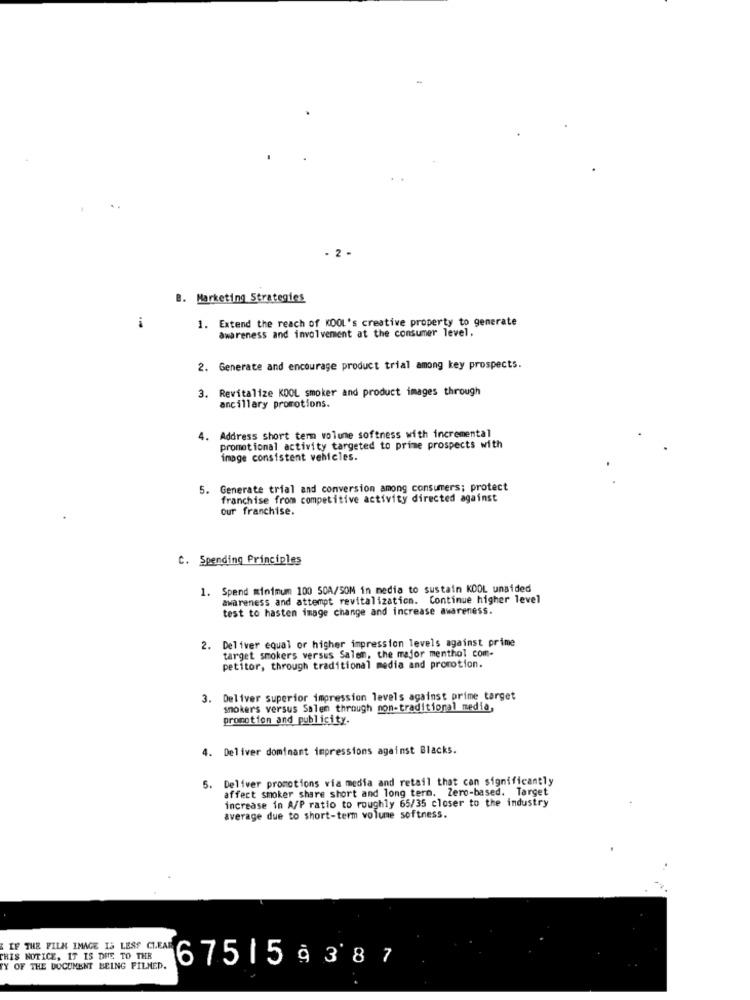
- 2-
B. Marketing Strategies
i
1. Extend the reach of KOOL's creative property to generate
awareness and involvement at the consumer level.
2. Generate and encourage product trial among key prospects.
Revitalize KOOL smoker and product images through
ancillary promotions.
. Address short term volume softness with incremental
promotional activity targeted to prime prospects with
image consistent vehicles.
5.
Generate trial and conversion among consumers; protect
franchise from competitive activity directed against
our franchise.
C. Spending Principles
1. Spend minimum 100 50A/SOM in media to sustain KOOL unsided
awareness and attempt revitalization. Continue higher level
test to hasten image change and increase awareness.
Deliver equal or higher impression levels against prime
target smokers versus Salen, the major menthol com-
petitor, through traditional media and promotion.
3. Deliver superior impression levels against prime target
snoker's versus Salem through non-traditional media,
promotion and publicity.
4. Deliver dominant impressions against Blacks.
5. Deliver promotions via media and retail that can significantly
affect smoker share short and long term. Zero-based. Target
increase in A/P ratio to roughly 65/35 closer to the industry
average due to short-term volume softness.
IF THE FILM IMAGE IS LESS CLEAR
THIS NOTICE, IT IS DUE TO THE
TY OF THE DOCUMENT BEING FILMED.
67515 9387